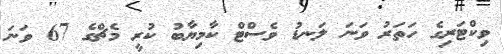
ވިކްޓަރިގެ ހަތަރު ވަނަ ލަނޑު ވެސްޓް ކާމިޔާބު ކުރީ މެޗްގެ 67 ވަނަ